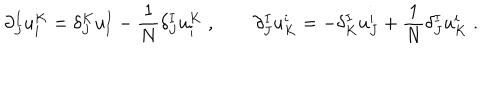
LaTeX: \partial _ { J } ^ { I } u _ { i } ^ { K } = \delta _ { J } ^ { K } u _ { i } ^ { I } - { \frac { 1 } { N } } \delta _ { J } ^ { I } u _ { i } ^ { K } \; , \qquad \partial _ { J } ^ { I } u _ { K } ^ { i } = - \delta _ { K } ^ { I } u _ { J } ^ { i } + { \frac { 1 } { N } } \delta _ { J } ^ { I } u _ { K } ^ { i } \; .